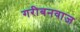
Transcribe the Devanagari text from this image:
गरीबनवाज